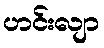
ဟင်းလျာ